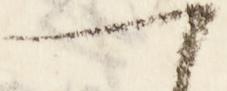
可